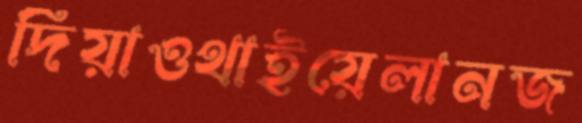
দিয়াওথাইয়েলানজ